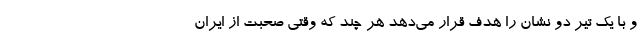
و با یک تیر دو نشان را هدف قرار می‌دهد هر چند که وقتی صحبت از ایران